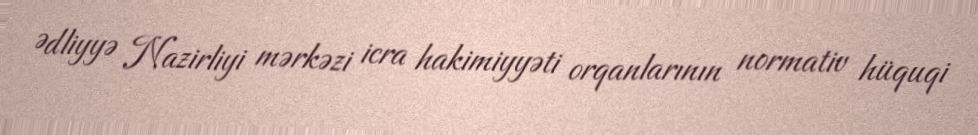
Ədliyyə Nazirliyi mərkəzi icra hakimiyyəti orqanlarının normativ hüquqi